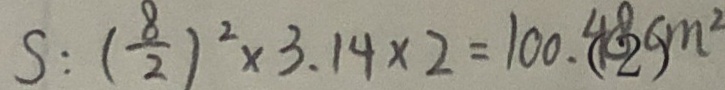
S : ( \frac { 8 } { 2 } ) ^ { 2 } \times 3 . 1 4 \times 2 = 1 0 0 . 4 8 c m ^ { 2 } ( 2 )